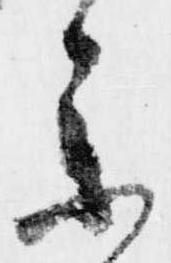
参